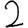
Digit: 2